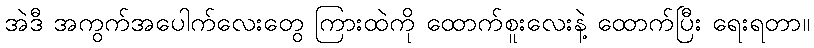
အဲဒီ အကွက်အပေါက်လေးတွေ ကြားထဲကို ထောက်စူးလေးနဲ့ ထောက်ပြီး ရေးရတာ။